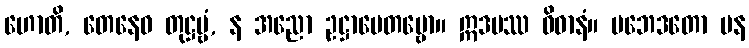
ဟောတိ, တေနေဝ တုဋ္ဌဗ္ဗံ, န အညော ဥဋ္ဌာပေတဗ္ဗော။ ဣဒမဿ ဝိဓာနံ။ ပဘေဒတော ပန